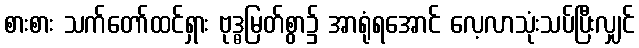
စားစား သက်တော်ထင်ရှား ဗုဒ္ဓမြတ်စွာ၌ အာရုံရအောင် လေ့လာသုံးသပ်ပြီးလျှင်